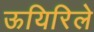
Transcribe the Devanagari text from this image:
ऊयिरिले